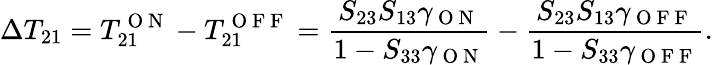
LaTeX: \Delta T_{21}=T_{21}^{\mathrm{~O~N~}}-T_{21}^{\mathrm{~O~F~F~}}=\frac{S_{23}S_{13}\gamma_{\mathrm{~O~N~}}}{1-S_{33}\gamma_{\mathrm{~O~N~}}}-\frac{S_{23}S_{13}\gamma_{\mathrm{~O~F~F~}}}{1-S_{33}\gamma_{\mathrm{~O~F~F~}}}.